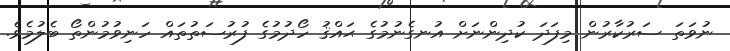
ނުވަތަ ސަރުކާރުން މިފަދަ ކުދިންނަށް އުނގެނުމުގެ ޙައްޤު ހޯދުމުގެ ފުރުސަތުތައް ހަނިވުމުންތޯ ބެލުމެވެ.